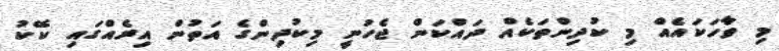
މި ވާހަކައެއް މި ކުދިންތަކެއް ދައްކަން ޖެހުނީ މިކުދިންގެ އަތުން އިރެއްގައި ކޭކު